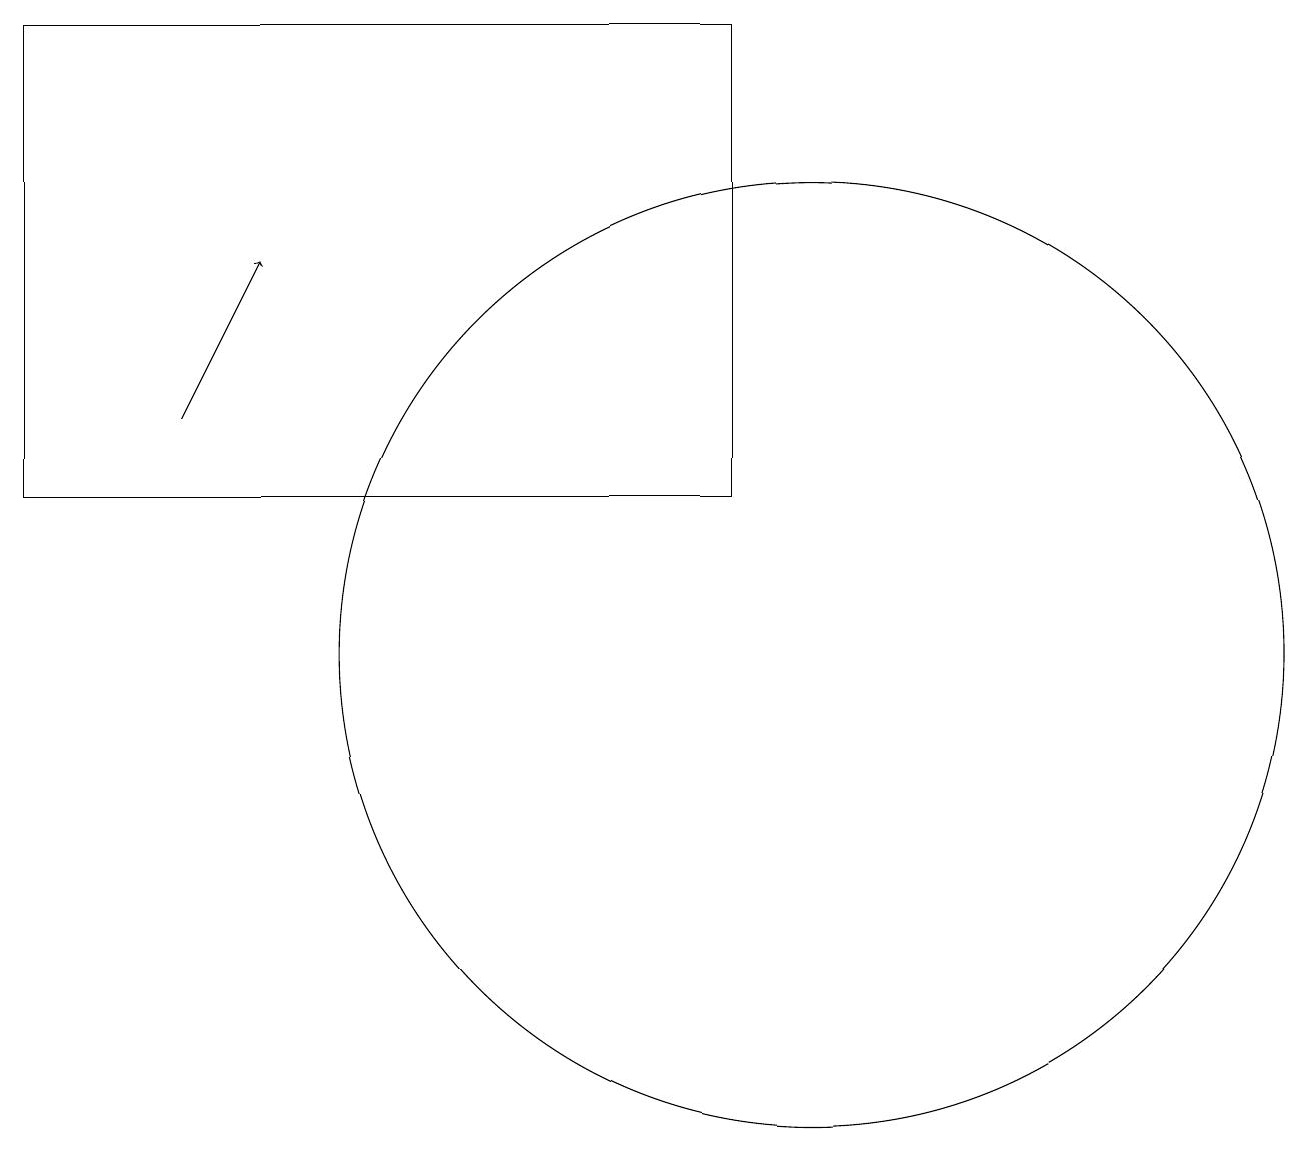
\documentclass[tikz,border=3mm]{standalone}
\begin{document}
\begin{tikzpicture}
\draw (10,10) circle (6);
\draw[->] (2,13) -- (3,15);
\draw (0,12) rectangle (9,18);
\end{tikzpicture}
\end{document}